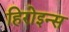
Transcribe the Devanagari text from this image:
हिरोइन्स